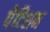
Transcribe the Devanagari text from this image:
पेटिशन